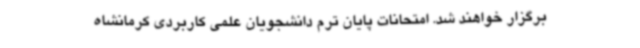
برگزار خواهند شد. امتحانات پایان ترم دانشجویان علمی کاربردی کرمانشاه